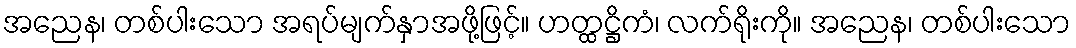
အညေန၊ တစ်ပါးသော အရပ်မျက်နှာအဖို့ဖြင့်။ ဟတ္ထဋ္ဌိကံ၊ လက်ရိုးကို။ အညေန၊ တစ်ပါးသော